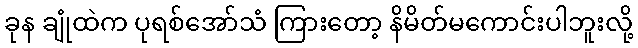
ခုန ချုံထဲက ပုရစ်အော်သံ ကြားတော့ နိမိတ်မကောင်းပါဘူးလို့